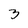
Character: 3